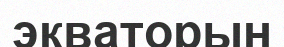
экваторын